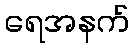
ရေအနက်